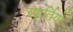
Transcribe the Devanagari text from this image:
स्फूर्तियों